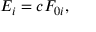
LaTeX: E _ { i } = c F _ { 0 i } ,